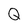
Character: Q